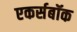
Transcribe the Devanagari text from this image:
एकर्सबॉक